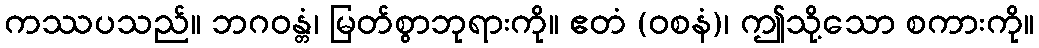
ကဿပသည်။ ဘဂဝန္တံ၊ မြတ်စွာဘုရားကို။ ဧတံ (ဝစနံ)၊ ဤသို့သော စကားကို။